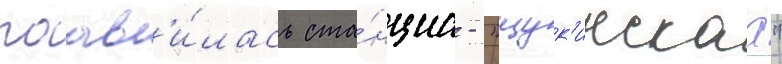
поав'и́лась ста́нциа - "щук'инскаа"